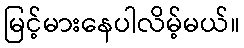
မြင့်မားနေပါလိမ့်မယ်။